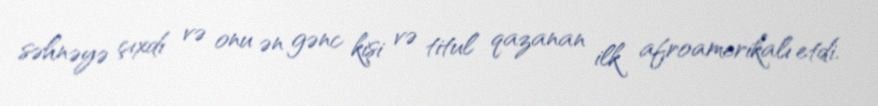
səhnəyə çıxdı və onu ən gənc kişi və titul qazanan ilk afroamerikalı etdi.